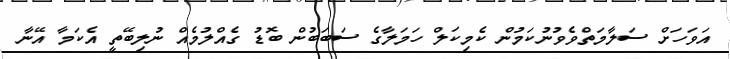
އަވަހަށް ސަލާމަތްވެވުނުކަމުން ކެމިކަލް ހަމަލާގެ ސަބަބުން ބޮޑު ގެއްލުމެއް ނުލިބޭތީ އެކަމާ އޭނާ